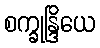
စက္ခုန္ဒြိယေ